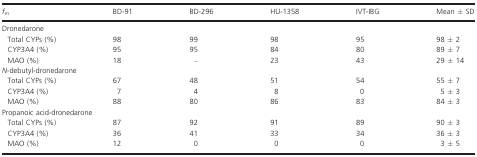
<table><thead><tr><td><b><i>f</i><sub>m</sub></b></td><td><b>BD-91</b></td><td><b>BD-296</b></td><td><b>HU-1358</b></td><td><b>IVT-IBG</b></td><td><b>Mean ± SD</b></td></tr></thead><tbody><tr><td colspan="6">Dronedarone</td></tr><tr><td> Total CYPs (%)</td><td>98</td><td>99</td><td>98</td><td>95</td><td>98 ± 2</td></tr><tr><td> CYP3A4 (%)</td><td>95</td><td>95</td><td>84</td><td>80</td><td>89 ± 7</td></tr><tr><td> MAO (%)</td><td>18</td><td>–</td><td>23</td><td>43</td><td>29 ± 14</td></tr><tr><td colspan="6"><i>N</i>-debutyl-dronedarone</td></tr><tr><td> Total CYPs (%)</td><td>67</td><td>48</td><td>51</td><td>54</td><td>55 ± 7</td></tr><tr><td> CYP3A4 (%)</td><td>7</td><td>4</td><td>8</td><td>0</td><td>5 ± 3</td></tr><tr><td> MAO (%)</td><td>88</td><td>80</td><td>86</td><td>83</td><td>84 ± 3</td></tr><tr><td colspan="6">Propanoic acid-dronedarone</td></tr><tr><td> Total CYPs (%)</td><td>87</td><td>92</td><td>91</td><td>89</td><td>90 ± 3</td></tr><tr><td> CYP3A4 (%)</td><td>36</td><td>41</td><td>33</td><td>34</td><td>36 ± 3</td></tr><tr><td> MAO (%)</td><td>12</td><td>0</td><td>0</td><td>0</td><td>3 ± 5</td></tr></tbody></table>